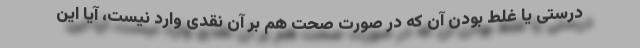
درستی یا غلط بودن آن که در صورت صحت هم بر آن نقدی وارد نیست، آیا این